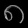
Digit: ၈